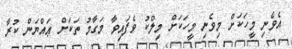
އެވެނި މީހަކަށް މިވެނި މީހަކަށް މިލްކު ވެފައިވާ މަގާމު ތަކަށް ޢައްޔަން ކުރާ